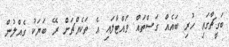
ބަގީޗާގައި ހުރި ބައެއް ގަސްތައް ވައްޓާލައި އެ ތަކެއްޗަށް ރޭ ބަޔަކު ގެއްލުން